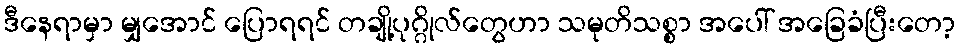
ဒီနေရာမှာ မျှအောင် ပြောရရင် တချို့ပုဂ္ဂိုလ်တွေဟာ သမုတိသစ္စာ အပေါ် အခြေခံပြီးတော့